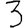
Digit: 3